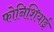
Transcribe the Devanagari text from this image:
फोनिशियाई